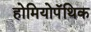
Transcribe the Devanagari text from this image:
होमियोपॅथिक